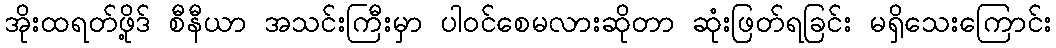
အိုးထရတ်ဖို့ဒ် စီနီယာ အသင်းကြီးမှာ ပါဝင်စေမလားဆိုတာ ဆုံးဖြတ်ရခြင်း မရှိသေးကြောင်း